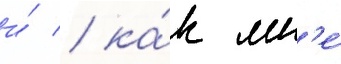
и́ / ка́к мн'е́